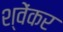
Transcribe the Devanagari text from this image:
श्वेंकर